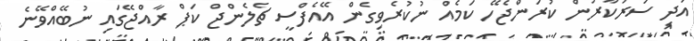
އަދި ސަރުކާރުން ކުރަންޖެހޭ ކަމެއް ނުކުރެވިގެން އޭއެފްސީ ޗެލެންޖް ކަޕް ރާއްޖޭގައި ނުބޭއްވޭނެ